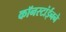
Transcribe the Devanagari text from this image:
कॉनस्टांईनने